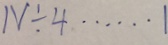
N \div 4 \cdots 1